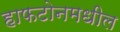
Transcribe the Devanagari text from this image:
हाफटोनमधील